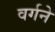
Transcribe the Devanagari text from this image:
वर्गने